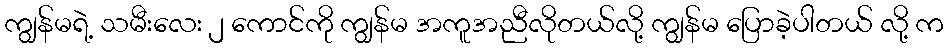
ကျွန်မရဲ့ သမီးလေး ၂ ကောင်ကို ကျွန်မ အကူအညီလိုတယ်လို့ ကျွန်မ ပြောခဲ့ပါတယ် လို့ က